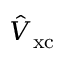
\hat { V } _ { \mathrm { x c } }